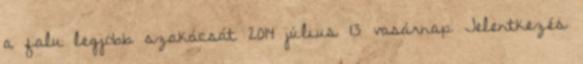
a falu legjobb szakácsát 2014 július 13 vasárnap Jelentkezés